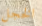
الخجل